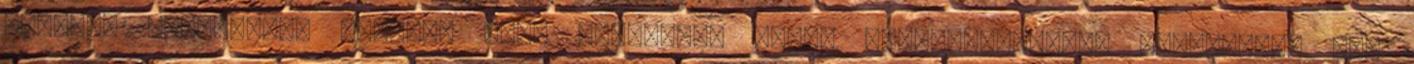
fogalmi struktúrák felőle, mert valójában annak megpillantására tanítanak, ami